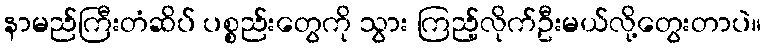
နာမည်ကြီးတံဆိပ် ပစ္စည်းတွေကို သွား ကြည့်လိုက်ဦးမယ်လို့တွေးတာပဲ။